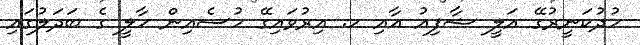
ހުދުކަނީރުގޭ އަލީ ޝާފިއު އާއި ހ. އިރުވައިގޭ ހުސެއިން ހާލީ ގެ ބަދަލުގައި